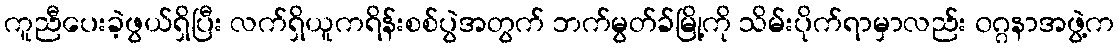
ကူညီပေးခဲ့ဖွယ်ရှိပြီး လက်ရှိယူကရိန်းစစ်ပွဲအတွက် ဘက်မွတ်ခ်မြို့ကို သိမ်းပိုက်ရာမှာလည်း ၀ဂ္ဂနာအဖွဲ့က